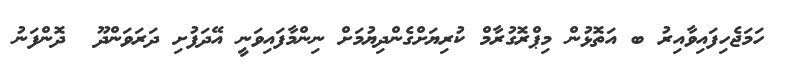
ހަމަޖެހިފައިވާއިރު ބ އަތޮޅުން މިޕްރޮގުރާމް ކުރިޔަށްގެންދިޔުމަށް ނިންމާފައިވަނީ އޭދަފުށި ދަރަވަންދޫ  ދޮންފަނު